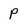
Character: P